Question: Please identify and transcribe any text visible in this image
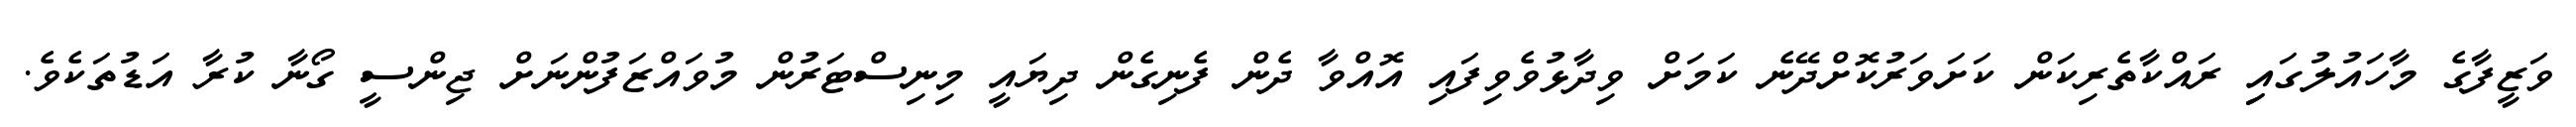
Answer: ވަޒީފާގެ މާހައުލުގައިި ރައްކާތެރިކަން ކަށަވަރުކޮށްދޭނެ ކަމަށް ވިދާޅުވެވިފައި އޮއްވާ ދެން ފެނިގެން ދިޔައީ މިނިސްޓަރުން މުވައްޒަފުންނަށް ޖިންސީ ގޯނާ ކުރާ އަޑުތަކެވެ.